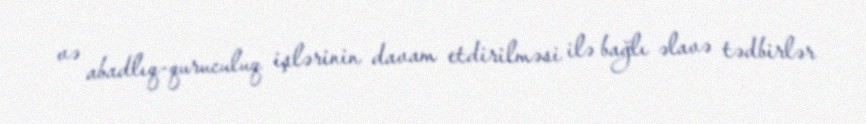
və abadlıq-quruculuq işlərinin davam etdirilməsi ilə bağlı əlavə tədbirlər